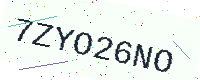
Text: 7ZYO26NO